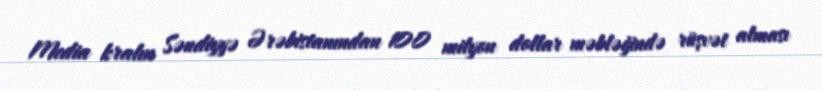
Media kralın Səudiyyə Ərəbistanından 100 milyon dollar məbləğində rüşvət alması